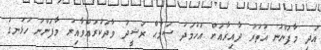
އަދި މާފަންނު އުތުރު ދާއިރާއަށް އަހުމަދު ސަމާޙް ރަޝީދު ވާދަކުރައްވާއިރު މާފަންނު ހުޅަނގު